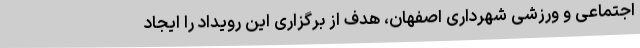
اجتماعی و ورزشی شهرداری اصفهان، هدف از برگزاری این رویداد را ایجاد